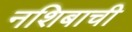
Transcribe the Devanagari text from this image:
नशिबाची